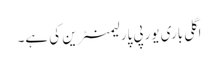
اگلی باری یورپی پارلیمنٹرین کی ہے۔